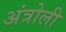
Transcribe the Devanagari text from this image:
अंत्रोली